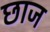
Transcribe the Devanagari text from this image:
छाज